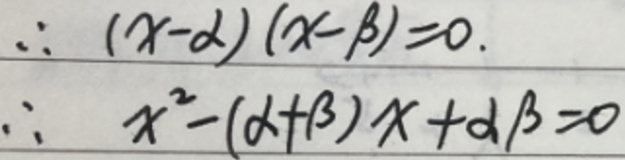
\[
\begin{align*}
\therefore\quad&(x - \alpha)(x - \beta)=0.\\
\therefore\quad&x^{2}-(\alpha+\beta)x+\alpha\beta = 0
\end{align*}
\]